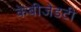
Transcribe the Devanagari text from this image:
केबीजेडटी